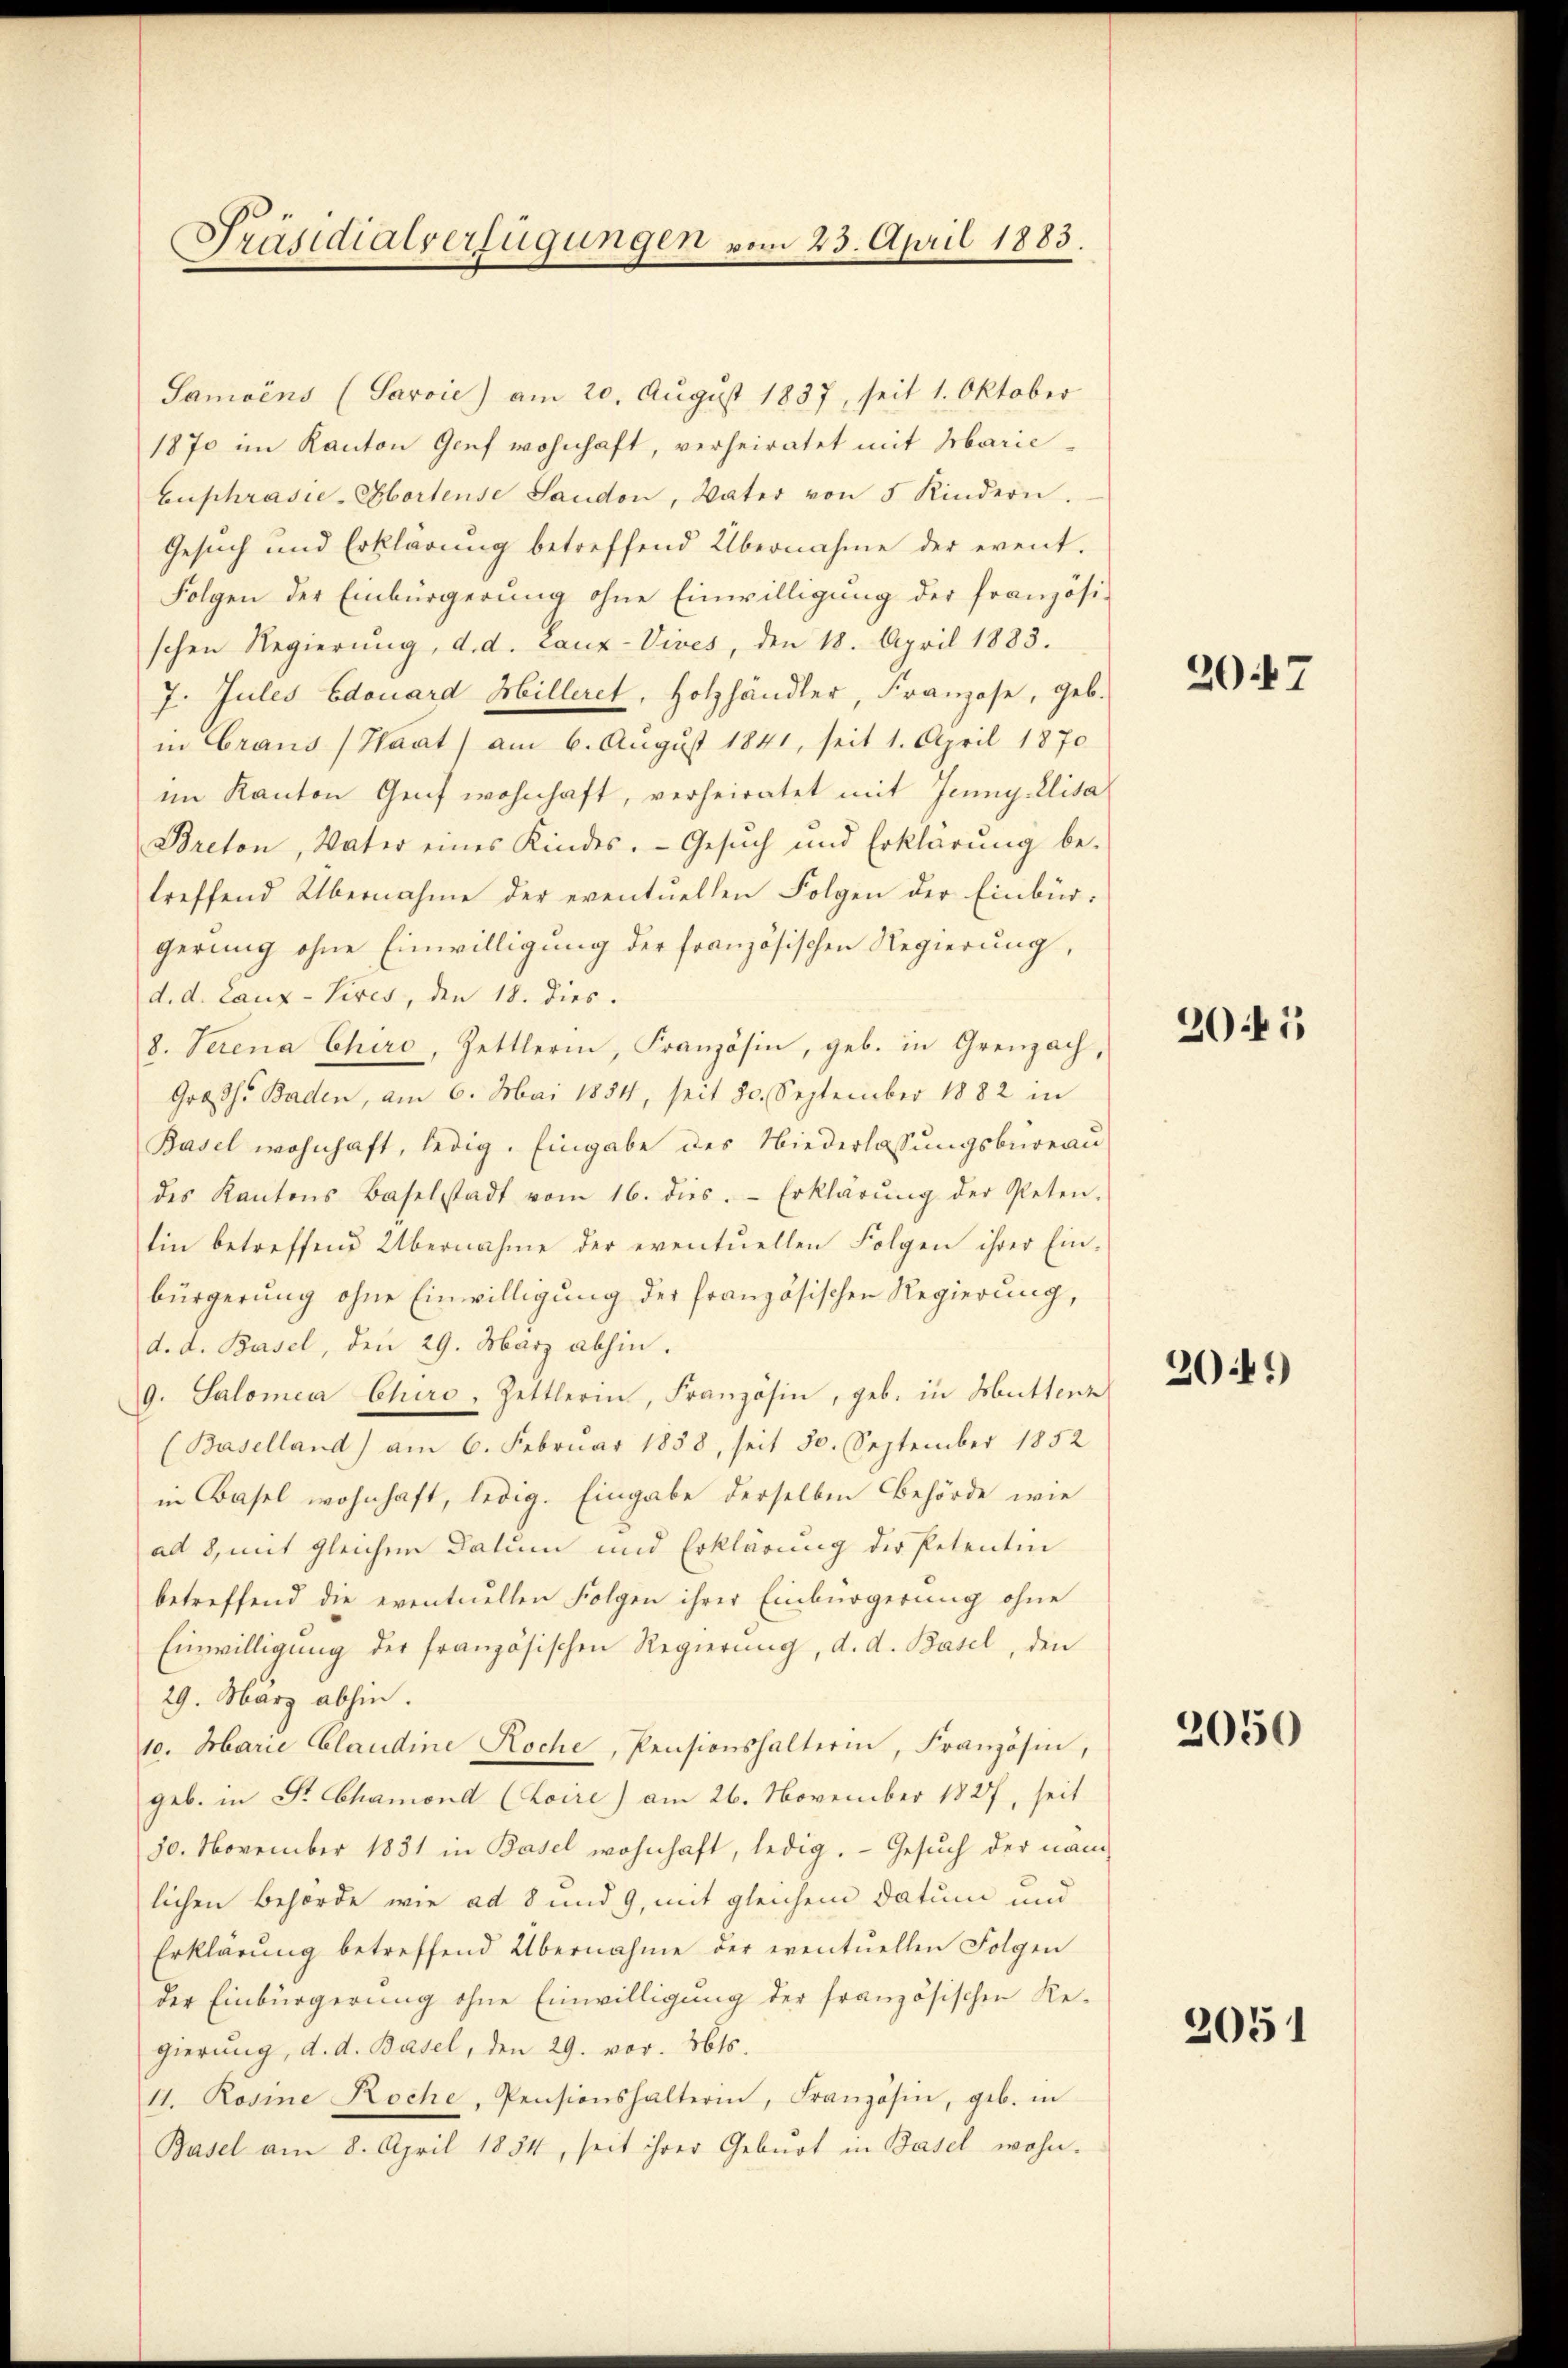
Präsidialverfügungen vom 23. April 1883.

Samoins (Saroie) am 20. August 1837, seit 1. Oktober
1870 im Kanton Genf wohnhaft, verheiratet mit Marie-
Euphrasie-Abortense Saudon, Vater von 5 Kindern.
Gesuch und Erklärung betreffend Übernahme der event.
Folgen der Einbürgerŭng ohne Einwilligŭng der französi-
schen Regierung, d. d. Lanz-Vives, den 18. April 1883.
7. Jules Edouard Hilleret, Holzhändler, Franzose, geb.
in Graus (Haat) am 6. August 1841, seit 1. April 1870
im Kanton Genf wohnhaft, verheiratet mit Jenny Elisa
Breton, Vater eines Kindes. Gesuch und Erklärung be-
treffend Übernahme der eventuellen Folgen der Einbür-
gerung ohne Einwilligung der französischen Regierung,
d. d. Lanz-Sires, den 18. dies.
8. Serena Chiro, Zettlerin, Französin, geb. in Greuzach,
Großh. Baden, am 6. Mai 1854, seit 20. September 1882 in
Basel wohnhaft, ledig. Eingabe des Niederlassungsbureau
des Kantons Baselstadt vom 16. dies. Erklärŭng der Peten-
tin betreffend Übernahme der eventuellen Folgen ihrer Ein-
bürgerung ohne Einwilligung der französischen Regierung,
d. d. Basel, den 29. März abhin.
9. Salomea Chiro, Hettlerin, Französin, geb. in Hüttenz
(Baselland) am 6. Februar 1858, seit 30. September 1852
in Basel wohnhaft, ledig. Eingabe derselben Behörde wie
ad 2, mit gleichen Datum und Erklärung der Petentin
betreffend die eventuellen Folgen ihrer Einbürgerung ohne
Einwilligŭng der französischen Regierung, d. d. Basel, den
29. März abhin.
10. Marie Claudine Koche, Pensionshalterin, Französin,
geb. in Dr. Chamond (Loire) am 26. November 1827, seit
30. November 1831 in Basel wohnhaft, ledig. Gesŭch der nam
lichen Behörde wie ad 8 und 9, mit gleichem Datum und
Erklärung betreffend Übernahme der eventuellen Folgen
der Einbürgerung ohne Einwilligung der französischen Regierung, d. d. Basel, den 29. vor. 361.
11. Rosine Roche, Pensionshalterin, Französin, geb. in
Basel am 8. April 1854, seit ihrer Geburt in Basel wohn-

2047

2041

2041)

2050

2051